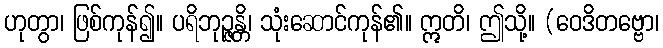
ဟုတွာ၊ ဖြစ်ကုန်၍။ ပရိဘုဉ္ဇန္တိ၊ သုံးဆောင်ကုန်၏။ ဣတိ၊ ဤသို့။ (ဝေဒိတဗ္ဗော၊